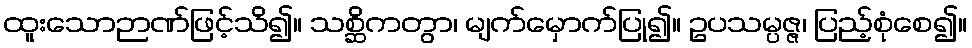
ထူးသောဉာဏ်ဖြင့်သိ၍။ သစ္ဆိကတွာ၊ မျက်မှောက်ပြု၍။ ဥပသမ္ပဇ္ဇ၊ ပြည့်စုံစေ၍။